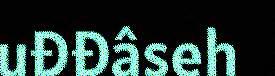
uđđâseh